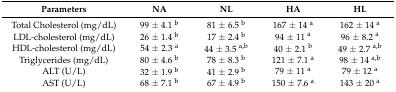
<table><thead><tr><td><b>Parameters</b></td><td><b>NA</b></td><td><b>NL</b></td><td><b>HA</b></td><td><b>HL</b></td></tr></thead><tbody><tr><td>Total Cholesterol (mg/dL)</td><td>99 ± 4.1 <sup>b</sup></td><td>81 ± 6.5 <sup>b</sup></td><td>167 ± 14 <sup>a</sup></td><td>162 ± 14 <sup>a</sup></td></tr><tr><td>LDL-cholesterol (mg/dL)</td><td>26 ± 1.4 <sup>b</sup></td><td>17 ± 2.4 <sup>b</sup></td><td>94 ± 11 <sup>a</sup></td><td>96 ± 8.2 <sup>a</sup></td></tr><tr><td>HDL-cholesterol (mg/dL)</td><td>54 ± 2.3 <sup>a</sup></td><td>44 ± 3.5 <sup>a,b</sup></td><td>40 ± 2.1 <sup>b</sup></td><td>49 ± 2.7 <sup>a,b</sup></td></tr><tr><td>Triglycerides (mg/dL)</td><td>80 ± 4.6 <sup>b</sup></td><td>78 ± 8.3 <sup>b</sup></td><td>121 ± 7.1 <sup>a</sup></td><td>98 ± 14 <sup>a,b</sup></td></tr><tr><td>ALT (U/L)</td><td>32 ± 1.9 <sup>b</sup></td><td>41 ± 2.9 <sup>b</sup></td><td>79 ± 11 <sup>a</sup></td><td>79 ± 12 <sup>a</sup></td></tr><tr><td>AST (U/L)</td><td>68 ± 7.1 <sup>b</sup></td><td>67 ± 4.9 <sup>b</sup></td><td>150 ± 7.6 <sup>a</sup></td><td>143 ± 20 <sup>a</sup></td></tr></tbody></table>